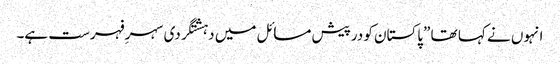
انہوں نے کہا تھا ”پاکستان کو درپیش مسائل میں دہشتگردی سہرِ فہرست ہے۔